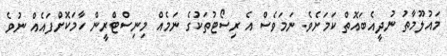
މައުލޫމާތު ނުދީއެބައޮތް ކަމަށެވެ. ނަމަވެސް އެ ރިސޯޓުތަކުގެ ނަމެއް މިނިސްޓްރީން ހާމަކޮށްފައެއް ނުވެ